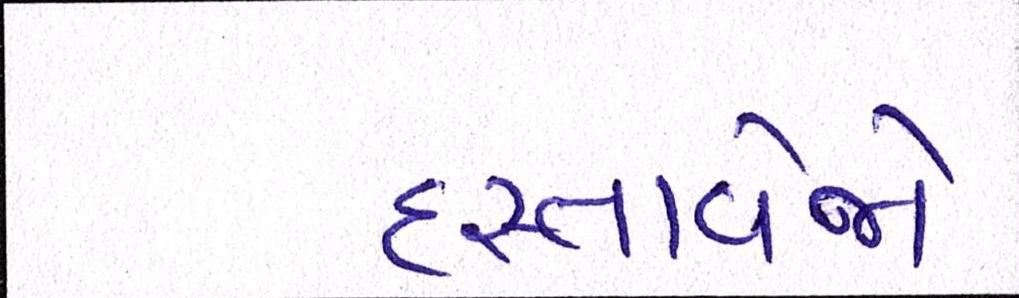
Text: દસ્તાવેજો